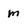
Character: m